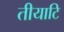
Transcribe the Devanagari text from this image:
तीयाटि